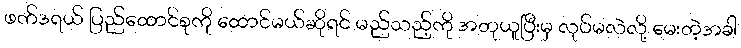
ဖက်ဒရယ် ပြည်ထောင်စုကို ထောင်မယ်ဆိုရင် မည်သည့်ကို အတုယူပြီးမှ လုပ်မလဲလို့ မေးတဲ့အခါ